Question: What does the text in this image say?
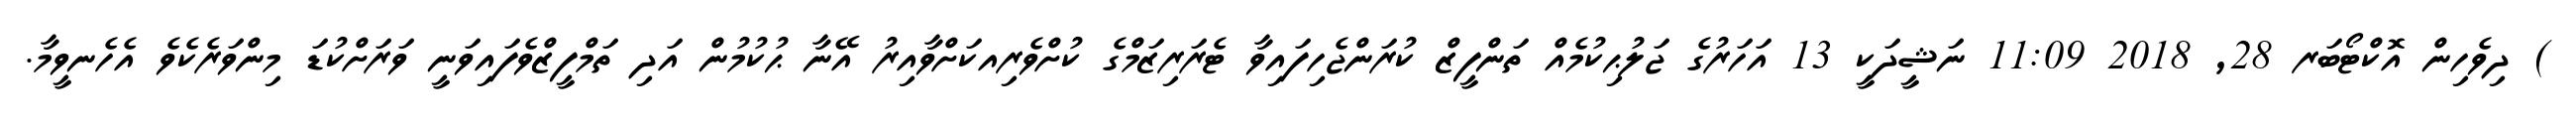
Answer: ) ދިވެހިން އޮކްޓޯބަރ 28, 2018 11:09 ނަޝީދަކީ 13 އަހަރުގެ ޖަލުޙިކުމެއް ތަންފީޒް ކުރަންޖެހިފައިވާ ޓެރަރިޒަމްގެ ކުށްވެރިއކަށްވާއިރު އޭނާ ޙުކުމުން އަދި ތަމްފީޒްވެފައިވަނީ ވަރަށްކުޑަ މިންވަރެކެވެ އެހެނވީމާ.